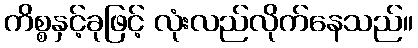
ကိစ္စနှင့်ခုဖြင့် လုံးလည်လိုက်နေသည်။